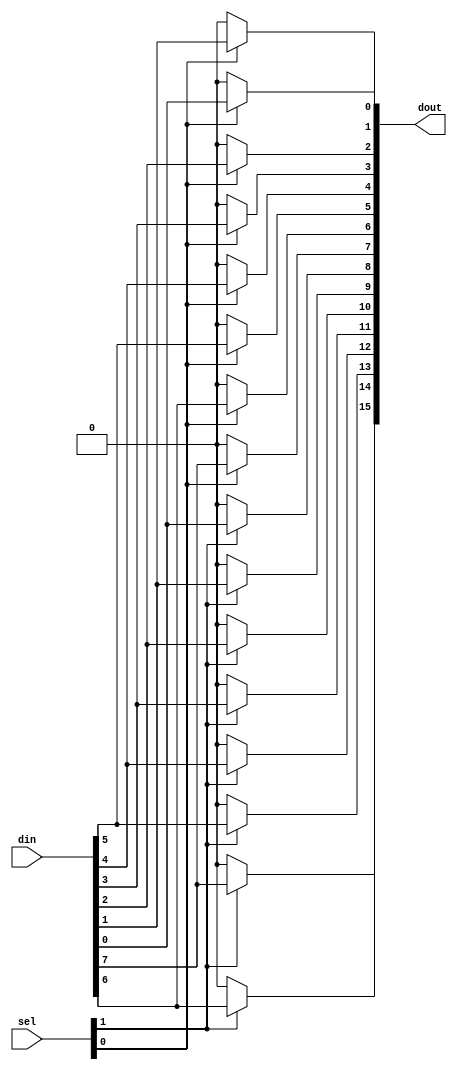
// ---------------------------------------------------------------------------
//  Jelly  -- The platform for real-time computing
//
//                                 Copyright (C) 2008-2020 by Ryuji Fuchikami
//                                 https://github.com/ryuz/jelly.git
// ---------------------------------------------------------------------------



`timescale 1ns / 1ps
`default_nettype none


// deselector
module jelly_deselector
        #(
            parameter   SEL_WIDTH = 2,
            parameter   IN_WIDTH  = 8,
            parameter   OUT_WIDTH = (IN_WIDTH  * SEL_WIDTH)
        )
        (
            input   wire    [SEL_WIDTH-1:0]     sel,
            input   wire    [IN_WIDTH-1:0]      din,
            output  reg     [OUT_WIDTH-1:0]     dout
        );
    
    integer i;
    integer j;
    always @* begin
        dout = {OUT_WIDTH{1'b0}};
        for ( i = 0; i < SEL_WIDTH; i = i + 1 ) begin
            if ( sel[i] ) begin
                for ( j = 0; j < IN_WIDTH; j = j + 1 ) begin
                    dout[IN_WIDTH*i + j] = din[j];
                end
            end
        end
    end
    
endmodule


`default_nettype wire


// end of file